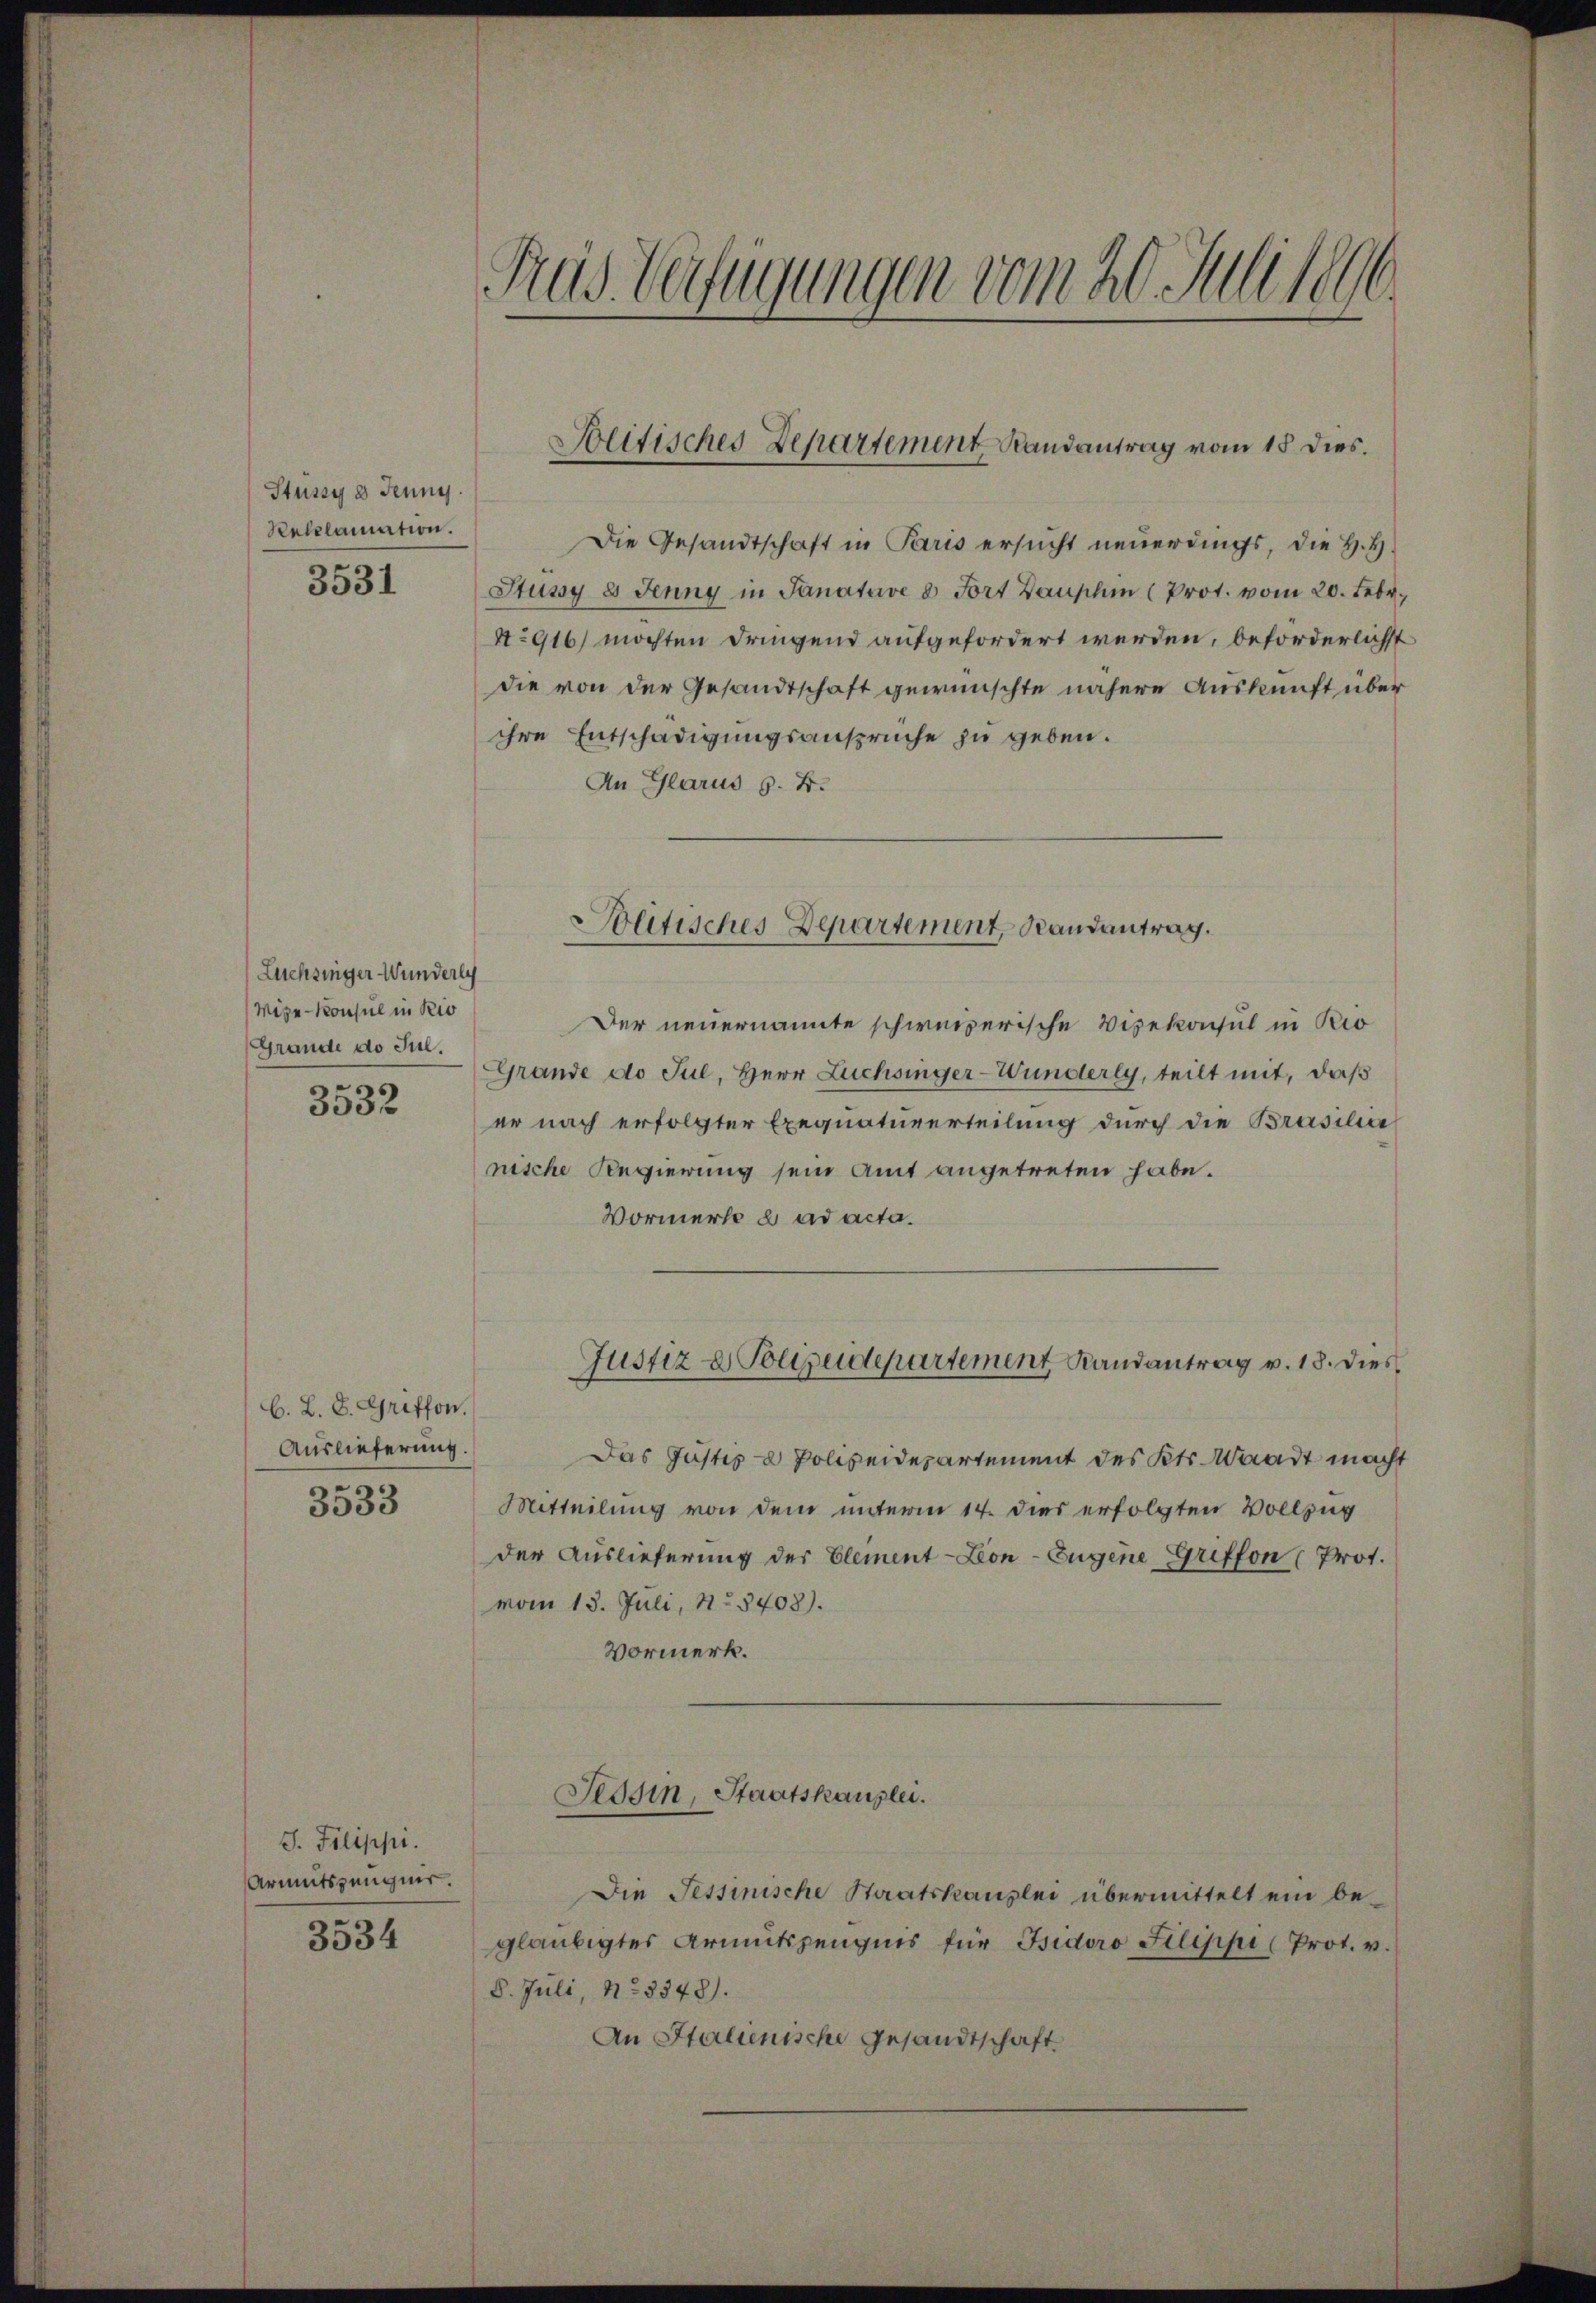
Stüssy e Jenny.
Rekelamation.
3531

Lüchsinger Wunderli
Wige-Konsul in Rio
Grande do Jul.
3532

S. Filippi.
Armutszeugnis.

3534

Kas Verfügungen vom 20. Juli 1890.

b. L. S. Griffon.
Auslieferung.
3533

Blitisches Departement Randantrag vom 18. dies.

Die Gesandtschaft in Paris ersucht neuerdings, die H. H.
Jtusy 8. Jenny in Sanature 8 Fort Bauplin (Prot. vom 20. Febr.
No 916) möchten dringend aufgefordert werden, beförderlichst
die von der Gesandtschaft gewünschte nähere Auskunft über
ihre Entschädigungsansprüche zu geben.
An Glarus s. B.
Der neuernannte schweizerische Vizekonsul in Rio
Grande do Jul, Herr Züchsinger-Wunderly, teilt mit, daß
er nach erfolgter Exequatuverteilung durch die Brasilia
nische Regierung sein Amt angetreten habe.
Vormerke e ad acta.
Justiz & Polizeidepartement Randantrag v. 18. dies
Das Justiz & Polizeidepartement des Kts. Waadt macht
Mitteilung von dem unterm 14. dies erfolgten Vollzug
der Auslieferung der Element-Lon- Eugene Griffon (Prot.
vom 13. Juli, No 5403).
Vormerk.

Politisches Departement, Randantrag.

Tessin, Staatskanzlei.

Die Tessinische Staatskanzlei übermittelt ein be-
gläubigtes Armutszeugnis für Isidoro Filippi (Prot. v.
8. Juli, No 3348).
An Stalienische Gesandtschaft